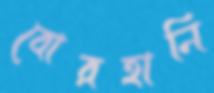
বোরহানি